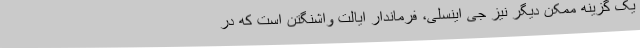
یک گزینه ممکن دیگر نیز جی اینسلی، فرماندار ایالت واشنگتن است که در